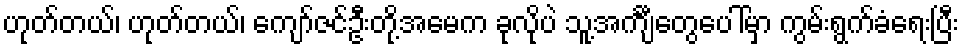
ဟုတ်တယ်၊ ဟုတ်တယ်၊ ကျော်ဇင်ဦးတို့အမေက ခုလိုပဲ သူ့အင်္ကျီတွေပေါ်မှာ ကွမ်းရွက်ခံရေးပြီး